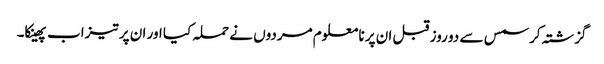
گزشتہ کرسمس سے دو روز قبل ان پر نا معلوم مردوں نے حملہ کیا اور ان پر تیزاب پھینکا۔